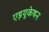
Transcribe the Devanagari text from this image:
एड़यूकेषन